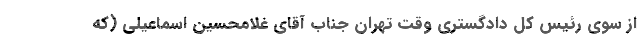
از سوی رئیس کل دادگستری وقت تهران جناب آقای غلامحسین اسماعیلی (که